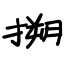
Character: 搠